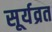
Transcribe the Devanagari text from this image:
सूर्यव्रत